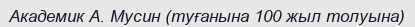
Академик А. Мусин (туғанына 100 жыл толуына)